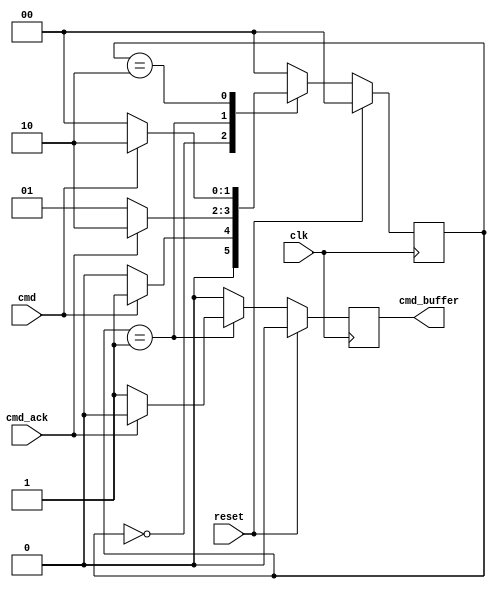
`timescale 1ns / 1ps
//////////////////////////////////////////////////////////////////////////////////
// Company: 
// Engineer: 
// 
// Design Name: 
// Module Name:    cmdackfsm 
// Project Name: 
// Target Devices: 
// Tool versions: 
// Description: 
//
// Dependencies: 
//
// Revision: 
// Revision 0.01 - File Created
// Additional Comments: 
//
//////////////////////////////////////////////////////////////////////////////////
module cmdackfsm(
		input reset,
		input clk,
		input cmd,
		input cmd_ack,
		output reg cmd_buffer = 1'b0
    );
	 
parameter IDLE_ST = 2'b00;
parameter VALID_ST = 2'b01;
parameter WAIT_ST = 2'b10;

reg [1:0] st = IDLE_ST;

always @(posedge clk)
if(reset)
begin
cmd_buffer <= 1'b0;
st <= IDLE_ST;
end else case(st)
IDLE_ST : begin
if(cmd)
st <= VALID_ST;
else
st <= IDLE_ST;

cmd_buffer <= 1'b0;
end

VALID_ST : begin
if(cmd_ack)
begin
st <= WAIT_ST;
cmd_buffer <= 1'b0;
end
else
begin
st <= VALID_ST;
cmd_buffer <= 1'b1;
end

end

WAIT_ST : begin
if(cmd)
st <= WAIT_ST;
else
st <= IDLE_ST;

cmd_buffer <= 1'b0;
end

default : begin
cmd_buffer <= 1'b0;

st <= IDLE_ST;
end

endcase

endmodule